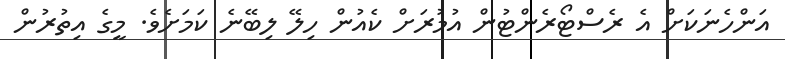
އަންހެނަކަށް އެ ރެސްޓޯރެންޓުން އުމުރަށް ކެއުން ހިލޭ ލިބޭނެ ކަމަށެވެ. މީގެ އިތުރުން